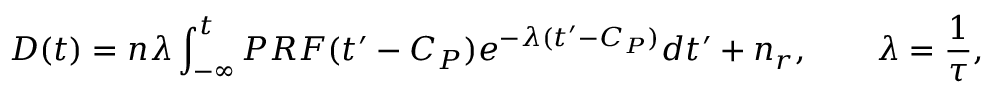
D ( t ) = n \lambda \int _ { - \infty } ^ { t } P R F ( t ^ { \prime } - C _ { P } ) e ^ { - \lambda ( t ^ { \prime } - C _ { P } ) } d t ^ { \prime } + n _ { r } , \qquad \lambda = \frac { 1 } { \tau } ,